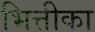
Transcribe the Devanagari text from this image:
भित्तीका